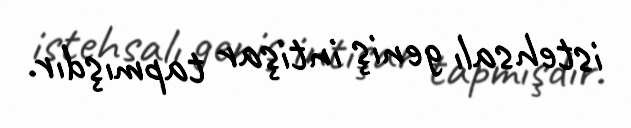
istehsalı geniş intişar tapmışdır.